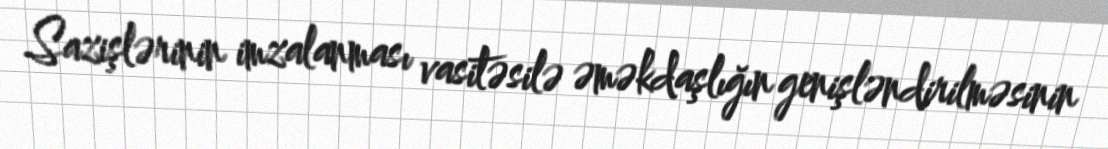
Sazişlərinin imzalanması vasitəsilə əməkdaşlığın genişləndirilməsinin